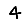
Digit: 4